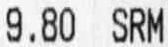
9.80 SRM